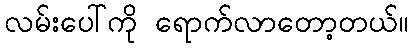
လမ်းပေါ်ကို ရောက်လာတော့တယ်။